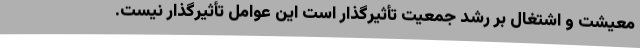
معیشت و اشتغال بر رشد جمعیت تأثیرگذار است این عوامل تأثیرگذار نیست.